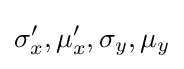
\sigma _{x}',\mu _{x}',\sigma _{y},\mu _{y}